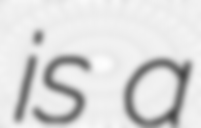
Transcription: is a